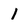
Character: 1